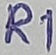
Text: R1